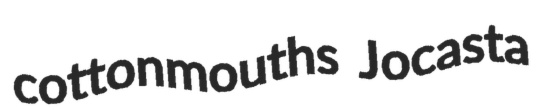
cottonmouths Jocasta